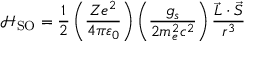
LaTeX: { \mathcal { H } } _ { \mathrm { S O } } = { \frac { 1 } { 2 } } \left( { \frac { Z e ^ { 2 } } { 4 \pi \varepsilon _ { 0 } } } \right) \left( { \frac { g _ { s } } { 2 m _ { e } ^ { 2 } c ^ { 2 } } } \right) { \frac { { \vec { L } } \cdot { \vec { S } } } { r ^ { 3 } } }